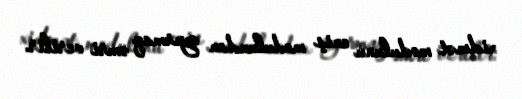
xidmət modulunu eniş modulundan ayırmaq əmri verilir.